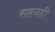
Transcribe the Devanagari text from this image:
सहनही